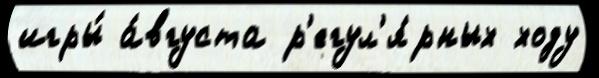
игры́ а́вгуста р'егул'я́рных ходу